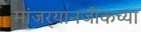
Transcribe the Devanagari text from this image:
मांजर्‍यानजीकच्या